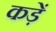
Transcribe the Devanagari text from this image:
कड़ें